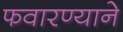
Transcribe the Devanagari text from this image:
फवारण्याने